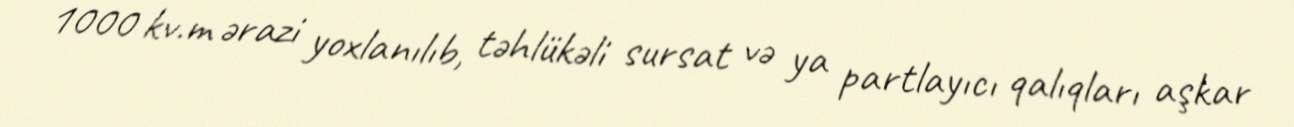
1000 kv.m ərazi yoxlanılıb, təhlükəli sursat və ya partlayıcı qalıqları aşkar